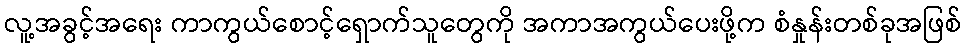
လူ့အခွင့်အရေး ကာကွယ်စောင့်ရှောက်သူတွေကို အကာအကွယ်ပေးဖို့က စံနှုန်းတစ်ခုအဖြစ်